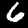
Label: 6